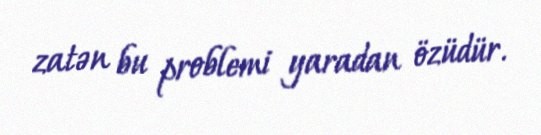
zatən bu problemi yaradan özüdür.